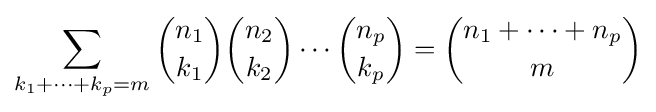
\sum _{k_{1}+\cdots +k_{p}=m}{n_{1} \choose k_{1}}{n_{2} \choose k_{2}}\cdots {n_{p} \choose k_{p}}={n_{1}+\dots +n_{p} \choose m}